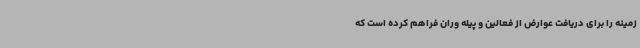
زمینه را برای دریافت عوارض از فعالین و پیله وران فراهم کرده است که